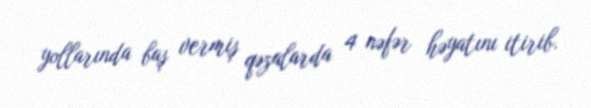
yollarında baş vermiş qəzalarda 4 nəfər həyatını itirib.